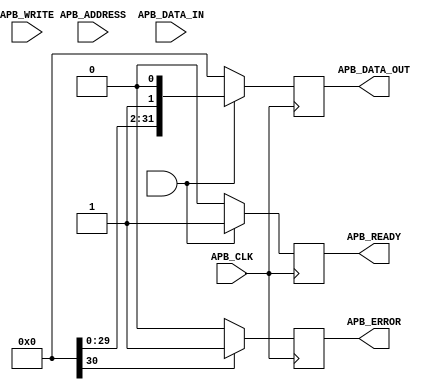
module APB_Controller (
    input wire APB_CLK,
    input wire [31:0] APB_ADDRESS,
    input wire APB_WRITE,
    input wire [31:0] APB_DATA_IN,
    output wire [31:0] APB_DATA_OUT,
    output wire APB_READY,
    output wire APB_ERROR
);

// Declare internal signals and registers
reg [31:0] data_buffer;
reg [31:0] sync_data;
reg sync_ready;
reg sync_error;
reg arbiter;

// Clock domain crossing synchronization
always @(posedge APB_CLK) begin
    // Synchronize incoming data to the local clock domain
    if (APB_WRITE == 1'b1) begin
        data_buffer <= APB_DATA_IN;
    end
    // Perform any necessary data processing here
end

// Arbitration logic to manage bus requests
always @(posedge APB_CLK) begin
    if (sync_ready && arbiter == 1'b1) begin
        // Allow data transfer if synchronization is ready and bus is available
        APB_DATA_OUT <= sync_data;
        APB_READY <= 1'b1;
    end else begin
        // Return bus not ready if synchronization is still in progress or bus is busy
        APB_DATA_OUT <= '0;
        APB_READY <= 1'b0;
    end
end

// Error detection and correction mechanisms
always @(posedge APB_CLK) begin
    if (sync_error == 1'b1) begin
        // Perform error handling tasks here
        APB_ERROR <= 1'b1;
    end else begin
        // Clear error flag if no errors detected
        APB_ERROR <= 1'b0;
    end
end

endmodule